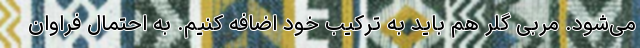
می‌شود. مربی گلر هم باید به ترکیب خود اضافه کنیم. به احتمال فراوان